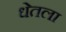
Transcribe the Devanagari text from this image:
धेतला